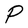
Character: P